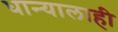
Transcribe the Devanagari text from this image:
धान्यालाही